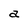
Character: a